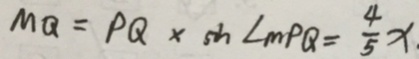
M Q = P Q \times \sin \angle m P Q = \frac { 4 } { 5 } x